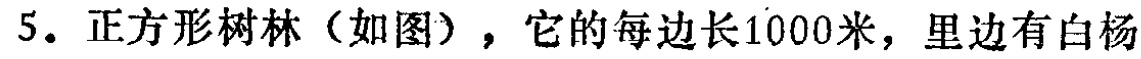
5. 正方形树林（如图），它的每边长1000米，里边有白杨